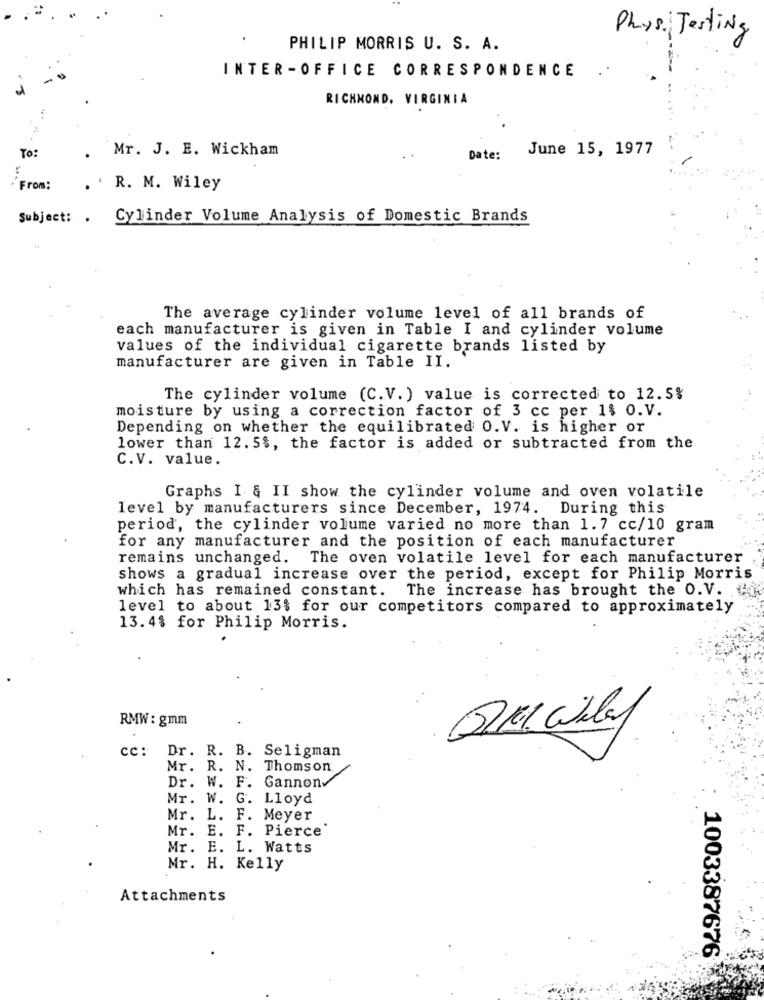
Phys. Jesting
PHILIP MORRIS U. S. A.
INTER -OFFICE CORRESPONDENCE
RICHMOND, VIRGINIA
Mr. J. E. Wickham
June 15, 1977
To:
Date:
From:
. ' R. M. Wiley
Subject: .
Cylinder Volume Analysis of Domestic Brands
The average cylinder volume level of all brands of
each manufacturer is given in Table I and cylinder volume
values of the individual cigarette brands listed by
manufacturer are given in Table II.
The cylinder volume (C.V.) value is corrected to 12.5%
moisture by using a correction factor of 3 cc per 1$ 0.V.
Depending on whether the equilibrated O.V. is higher or
lower than 12. 5%, the factor is added or subtracted from the
C.V. value.
Graphs I & II show the cylinder volume and oven volatile
level by manufacturers since December, 1974. During this
period, the cylinder volume varied no more than 1.7 cc/10 gram
for any manufacturer and the position of each manufacturer
remains unchanged. The oven volatile level for each manufacturer
shows a gradual increase over the period, except for Philip Morris
which has remained constant. The increase has brought the O. V.
level to about 13% for our competitors compared to approximately
13.4$ for Philip Morris.
RMW: gmm
Dr. R. B. Seligman
cc :
Mr. R. N. Thomson
Dr. W. F. Gannon
Mr. W. G. Lloyd
Mr. L. F. Meyer
Mr. E. F. Pierce
Mr. E. L. Watts
Mr. H. Kelly
Attachments
1003387676